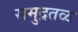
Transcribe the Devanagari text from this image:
समुद्रतळ